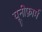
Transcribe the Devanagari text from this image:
यूनीफ़ार्म